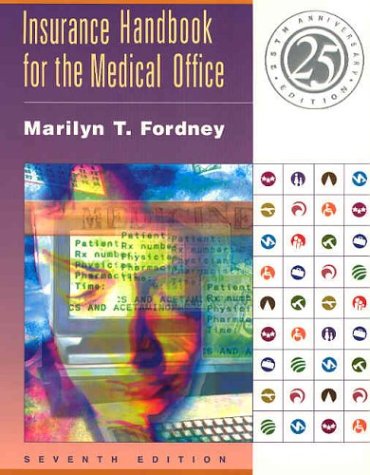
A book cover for Insurance Handbook for the Medical Office, Seventh Edition; Marilyn Takahashi Fordney; Medical Books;